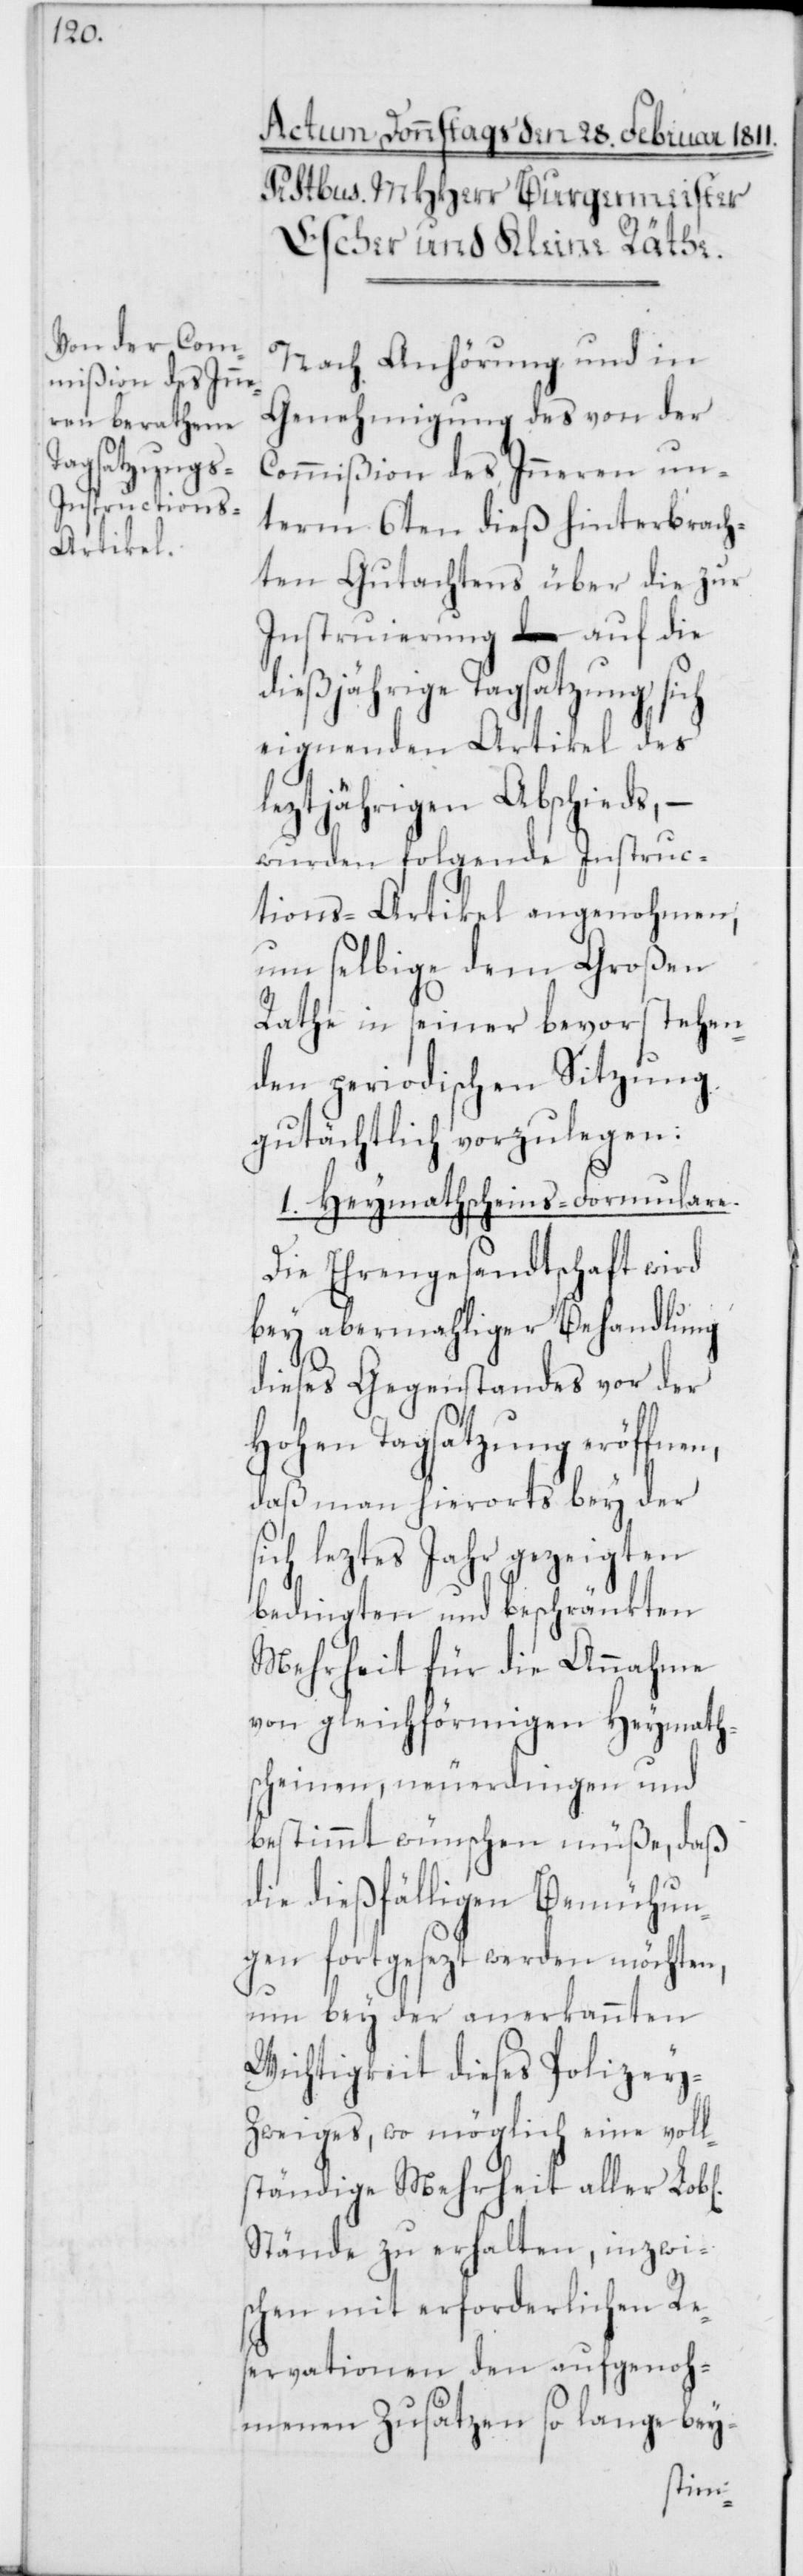
Nach Anhörung und in
Genehmigung des von der
Commißion des Inneren un¬
term 6ten dieß hinterbrach¬
ten Gutachtens über die zur
Instruierung auf die
dießjährige Tagsatzung sich
eignenden Artikel des
leztjährigen Abschieds, –
wurden folgende Instruc¬
tions-Artikel angenohmen,
um selbige dem Großen
Rathe in seiner bevorstehen¬
den periodischen Sitzung
gutächtlich vorzulegen:
1. Heymathscheins-Formulare.
Die Ehrengesandtschaft wird
bey abermahliger Behandlung
dieses Gegenstandes vor der
Hohen Tagsatzung eröffnen,
daß man hierorts bey der
sich leztes Jahr gezeigten
bedingten und beschränkten
Mehrheit für die Annahme
von gleichförmigen Heymath¬
scheinen, neuerdingen und
bestimmt wünschen müße, daß
die dießfälligen Bemühun¬
gen fortgesezt werden möchten,
um bey der anerkannten
Wichtigkeit dieses Polizei-Z¬
weiges, wo möglich eine voll¬
ständige Mehrheit aller Lob[l¬
Stände zu erhalten, inzwi¬
schen mit erforderlichen Re¬
servationen den aufgenoh¬
menen Zusätzen so lange bey-
ichen]